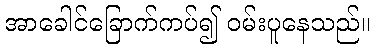
အာခေါင်ခြောက်ကပ်၍ ဝမ်းပူနေသည်။